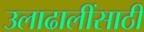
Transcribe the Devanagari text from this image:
उलाढालींसाठी